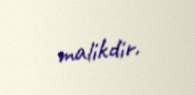
malikdir.